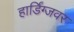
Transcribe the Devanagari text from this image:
हार्डिंग्जवर